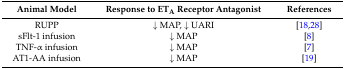
| Animal Model | Response to ETA Receptor Antagonist | References |
 | --- | --- | --- |
 | RUPP | ↓ MAP, ↓ UARI | [18,28] |
 | sFlt-1 infusion | ↓ MAP | [8] |
 | TNF-α infusion | ↓ MAP | [7] |
 | AT1-AA infusion | ↓ MAP | [19] |